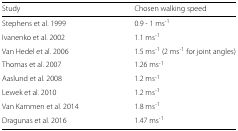
| Study | Chosen walking speed |
 | --- | --- |
 | Stephens et al. 1999 | 0.9 - 1 ms-1 |
 | Ivanenko et al. 2002 | 1.1 ms-1 |
 | Van Hedel et al. 2006 | 1.5 ms-1 (2 ms-1 for joint angles) |
 | Thomas et al. 2007 | 1.26 ms-1 |
 | Aaslund et al. 2008 | 1.2 ms-1 |
 | Lewek et al. 2010 | 1.2 ms-1 |
 | Van Kammen et al. 2014 | 1.8 ms-1 |
 | Dragunas et al. 2016 | 1.47 ms-1 |